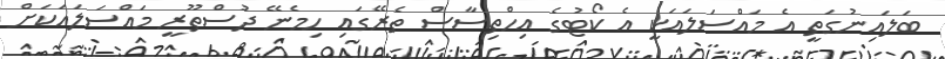
ބަލައިނުގަތީ އެ މައްސަލައަކީ އެ ކޯޓުގެ އިހްތިސާސް ތެރޭގައި ހިމެނޭ ދުސްތޫރީ މައްސަލައަކަށް